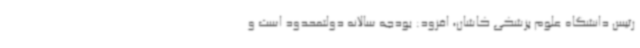
رئیس دانشگاه علوم پزشکی کاشان، افزود: بودجه سالانه دولتمحدود است و